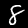
Label: 8